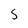
Character: S